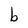
Character: b